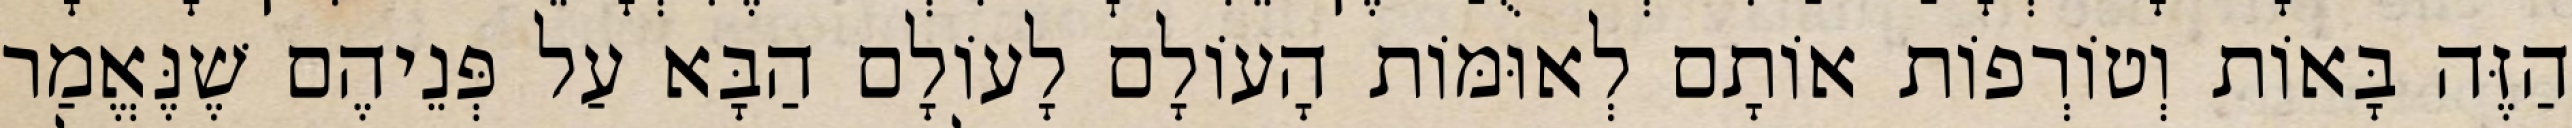
הַזֶּה בָּאוֹת וְטוֹרְפוֹת אוֹתָם לְאוּמּוֹת הָעוֹלָם לָעוֹלָם הַבָּא עַל פְּנֵיהֶם שֶׁנֶּאֱמַר